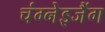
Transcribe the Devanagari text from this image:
चंग्नेइजैंग